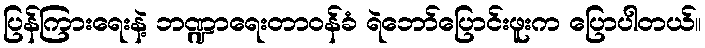
ပြန်ကြားရေးနဲ့ ဘဏ္ဍာရေးတာဝန်ခံ ရဲဘော်ပြောင်းဖူးက ပြောပါတယ်။